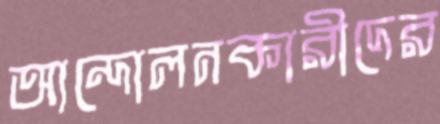
আন্দোলনকারীদের